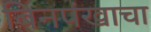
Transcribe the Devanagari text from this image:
बिनपंखाचा